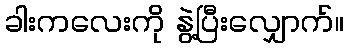
ခါးကလေးကို နွဲ့ပြီးလျှောက်။